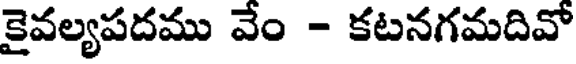
కైవల్యపదము వేం - కటనగమదివో